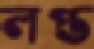
লপ্ত